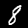
Label: 8